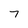
Character: 7